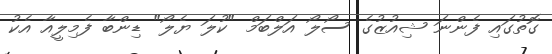
ގޮތުގައި ފެންނަ ޝިއުޒުގެ ސޯލޯ އަލްބަމް "ކުލަ ޔެލޯ" ޑިންބާ ފެމިލީއާ އެކު